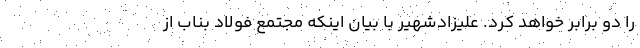
را دو برابر خواهد کرد. علیزادشهیر با بیان اینکه مجتمع فولاد بناب از